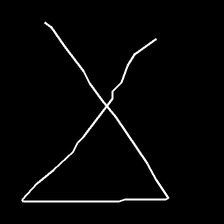
Glyph: collection